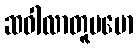
ဆဝါလာတူပမော